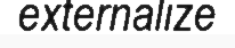
externalize